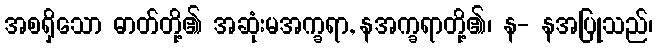
အစရှိသော ဓာတ်တို့၏ အဆုံးမအက္ခရာ, နအက္ခရာတို့၏၊ န- နအပြုသည်၊